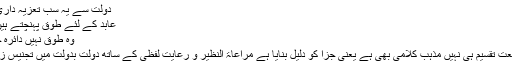
دولت سے یہ سب تعزیہ داری کی بدولت
عابد کے لئے طوق پہنچتے ہیں تو کیا ہے
وہ طوق نہیں دائرہ حفظ خدا ہے
اس میں صنعت تقسیم ہی نہیں مذہب کلامی بھی ہے یعنی جزا کو دلیل بنایا ہے مراعاۃ النظیر و رعایت لفظی کے ساتھ دولت بدولت میں تجنیس زائد بھی ہے۔